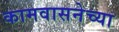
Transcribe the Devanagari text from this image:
कामवासनेच्या